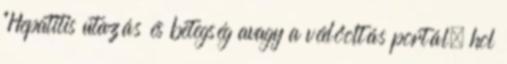
"Hepatitis utazás és betegség avagy a védőoltás portál, hol